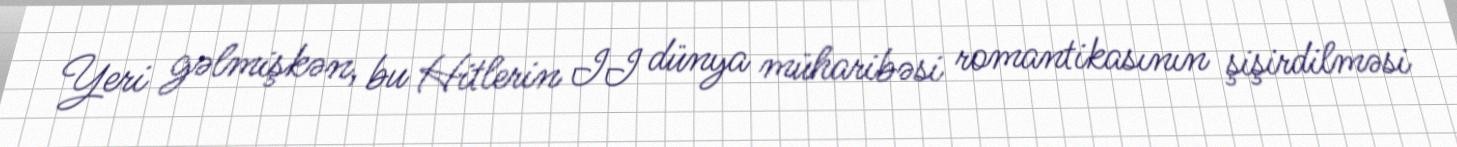
Yeri gəlmişkən, bu Hitlerin II dünya müharibəsi romantikasının şişirdilməsi